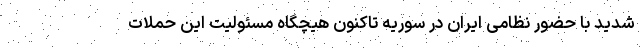
شدید با حضور نظامی ایران در سوریه تاکنون هیچگاه مسئولیت این حملات